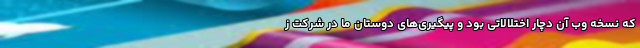
که نسخه وب آن دچار اختلالاتی بود و پیگیری‌های دوستان ما در شرکت ز